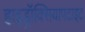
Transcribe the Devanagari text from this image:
हाइड्रॉक्सियापटाइट